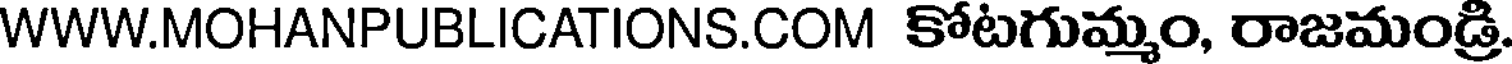
WWW.MOHANPUBLICATIONS.COM కోటగుమ్మం, రాజమండ్రి